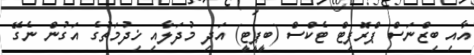
އާއި ބިޒްނަސް ޕްރޮފިޓް ޓެކްސް (ބީޕީޓީ) އަދި މުދަލާއި ޚިދުމަތުގެ އަގުން ނެގޭ